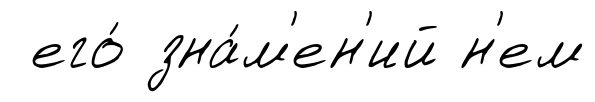
его́ зна́м'ен'ий н'ем